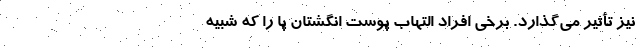
نیز تأثیر می‌گذارد. برخی افراد التهاب پوست انگشتان پا را که شبیه